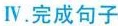
Ⅳ.完成句子